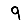
Digit: 9